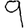
Digit: 9